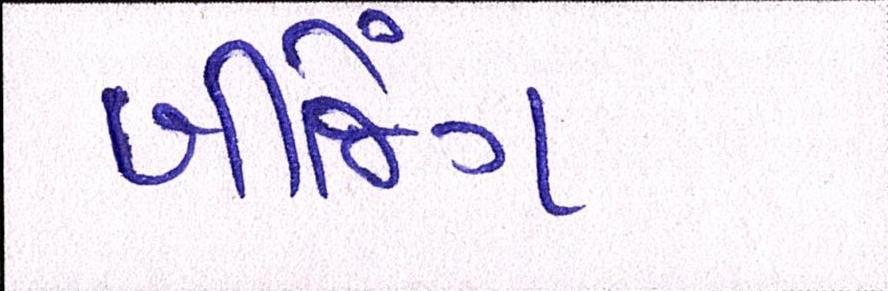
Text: બીજિંગ